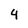
Character: 4